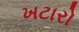
ખટારો